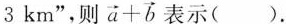
3km”，则 $$\overrightarrow { a } + \overrightarrow { b }$$ 表示( ).